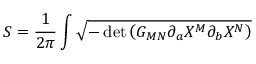
S = \frac { 1 } { 2 \pi } \int \sqrt { - \operatorname * { d e t } \left( G _ { M N } \partial _ { a } X ^ { M } \partial _ { b } X ^ { N } \right) }